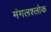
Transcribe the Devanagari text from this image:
मंगलश्लोक